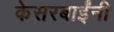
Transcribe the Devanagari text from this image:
केसरबाईंनी